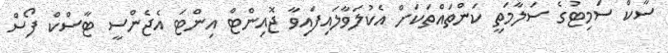
ސާކް ސަމިޓުގެ ސަލާމަތީ ކަންތައްތަކަށް އެކުލަވާލައިފައިވާ ޖޮއިންޓް އިންޓަ އެޖެންސީ ޓާސްކް ފޯސް